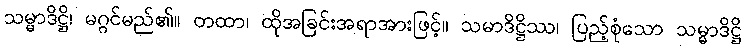
သမ္မာဒိဋ္ဌိ၊ မဂ္ဂင်မည်၏။ တထာ၊ ထိုအခြင်းအရာအားဖြင့်။ သမာဒိဋ္ဌိဿ၊ ပြည့်စုံသော သမ္မာဒိဋ္ဌိ